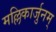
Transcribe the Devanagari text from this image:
मल्लिकार्जुनम्